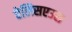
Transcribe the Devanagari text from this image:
ऐलिसएउस